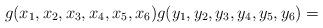
LaTeX: \begin{align*} g(x_1,x_2,x_3,x_4,x_5,x_6) g(y_1,y_2,y_3,y_4,y_5,y_6)= \end{align*}